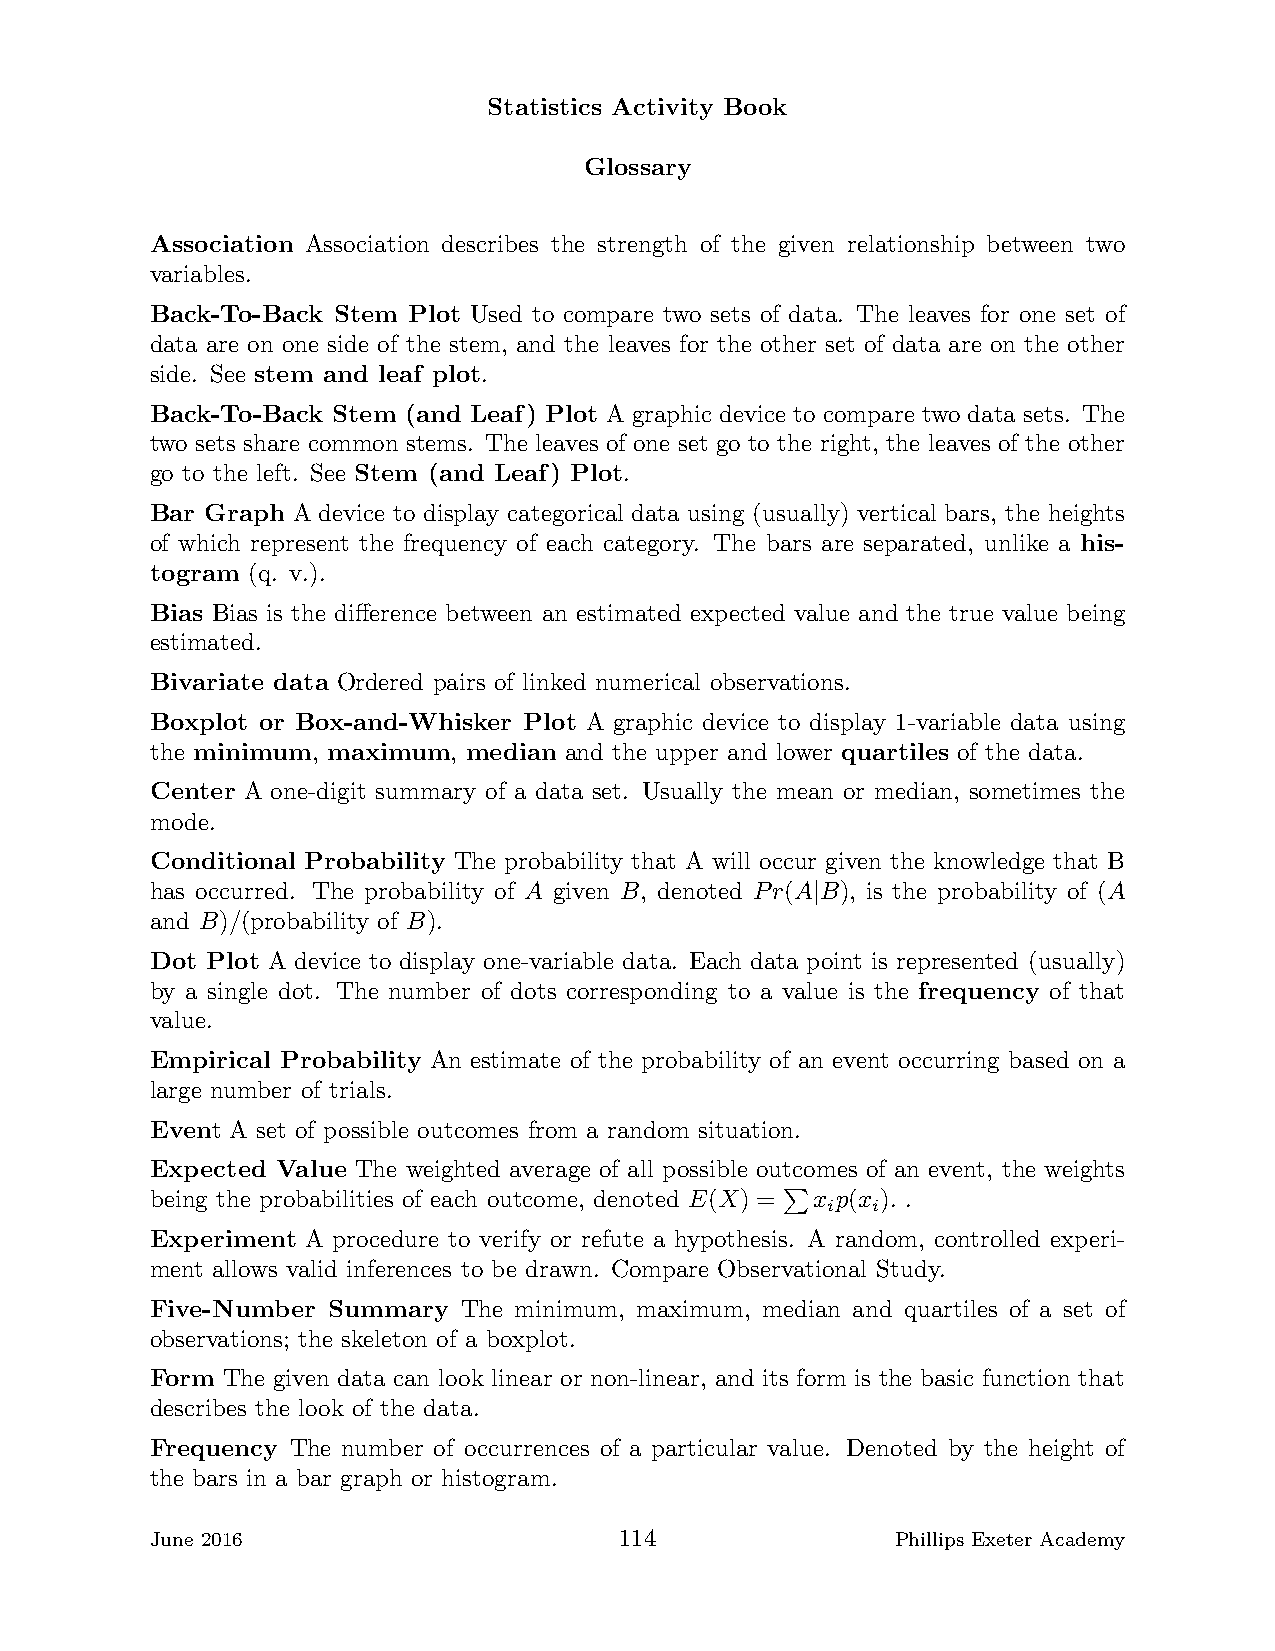
Statistics Activity Book
 Glossary
 Association Association describes the strength of the given relationship between two
 variables.
 Back-To-Back Stem Plot Used to compare two sets of data. The leaves for one set of
 data are on one side of the stem, and the leaves for the other set of data are on the other
 side. See stem and leaf plot.
 Back-To-Back Stem (and Leaf) Plot A graphic device to compare two data sets. The
 two sets share common stems. The leaves of one set go to the right, the leaves of the other
 go to the left. See Stem (and Leaf) Plot.
 Bar Graph A device to display categorical data using (usually) vertical bars, the heights
 of which represent the frequency of each category. The bars are separated, unlike a his-
 togram (q. v.).
 Bias Bias is the difference between an estimated expected value and the true value being
 estimated.
 Bivariate data Ordered pairs of linked numerical observations.
 Boxplot or Box-and-Whisker Plot A graphic device to display 1-variable data using
 the minimum, maximum, median and the upper and lower quartiles of the data.
 Center A one-digit summary of a data set. Usually the mean or median, sometimes the
 mode.
 Conditional Probability The probability that A will occur given the knowledge that B
 has occurred. The probability of A given B, denoted Pr(A B), is the probability of (A
 |
 and B)/(probability of B).
 Dot Plot A device to display one-variable data. Each data point is represented (usually)
 by a single dot. The number of dots corresponding to a value is the frequency of that
 value.
 Empirical Probability An estimate of the probability of an event occurring based on a
 large number of trials.
 Event A set of possible outcomes from a random situation.
 Expected Value The weighted average of all possible outcomes of an event, the weights
 being the probabilities of each outcome, denoted E(X) = x p(x ). .
 i  i
 Experiment A procedure to verify or refute a hypothesisP. A random, controlled experi-
 ment allows valid inferences to be drawn. Compare Observational Study.
 Five-Number Summary  The minimum, maximum, median and quartiles of a set of
 observations; the skeleton of a boxplot.
 Form The given data can look linear or non-linear, and its form is the basic function that
 describes the look of the data.
 Frequency The number of occurrences of a particular value. Denoted by the height of
 the bars in a bar graph or histogram.
 June 2016                      114               Phillips Exeter Academy